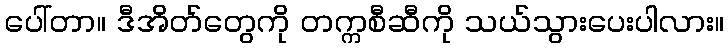
ပေါ်တာ။ ဒီအိတ်တွေကို တက္ကစီဆီကို သယ်သွားပေးပါလား။